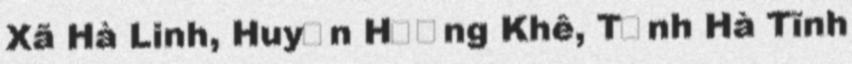
Xã Hà Linh, Huyện Hương Khê, Tỉnh Hà Tĩnh